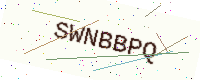
Text: SWNBBPQ